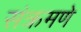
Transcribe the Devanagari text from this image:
संक्रमणे